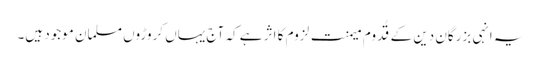
یہ انہی بزرگانِ دین کے قُدوم میمنت لزوم کا اثر ہے کہ آج یہاں کروڑوں مسلمان موجود ہیں۔